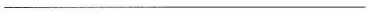
___